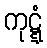
ကုဋ္ဋံ